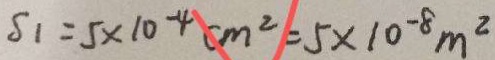
S 1 = 5 \times 1 0 ^ { - 4 } c m ^ { 2 } = 5 \times 1 0 ^ { - 8 } m ^ { 2 }